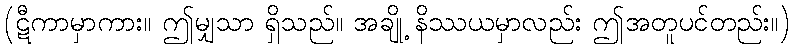
(ဋီကာမှာကား။ ဤမျှသာ ရှိသည်။ အချို့ နိဿယမှာလည်း ဤအတူပင်တည်း။)